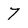
Character: 7